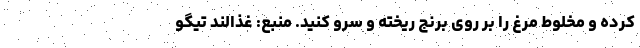
کرده و مخلوط مرغ را بر روی برنج ریخته و سرو کنید. منبع: غذالند تیگو